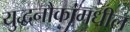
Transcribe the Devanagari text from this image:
युद्धनौकांमधील